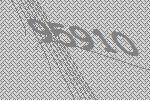
95910